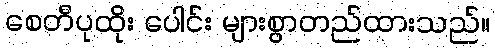
စေတီပုထိုး ပေါင်း များစွာတည်ထားသည်။